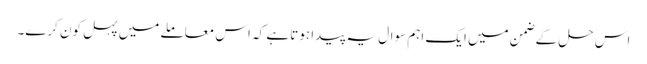
اس حل کے ضمن میں ایک اہم سوال یہ پیدا ہوتا ہے کہ اس معاملے میں پہل کون کرے۔